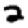
Digit: 2